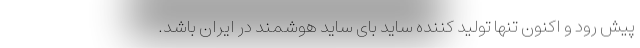
پیش رود و اکنون تنها تولید کننده ساید بای ساید هوشمند در ایران باشد.